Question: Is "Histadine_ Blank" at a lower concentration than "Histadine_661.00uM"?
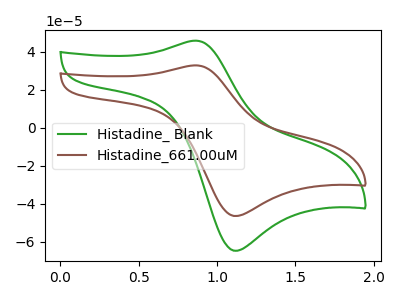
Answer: <think>The green curve "Histadine_ Blank" has an anodic peak at (0.85V, 45.95uA) and a cathodic peak at (1.15V, -64.60uA). The brown curve "Histadine_661.00uM" has an anodic peak at (0.85V, 32.95uA) and a cathodic peak at (1.15V, -46.30uA).
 All the peaks in "Histadine_661.00uM" have a peak in "Histadine_ Blank" at the same potential. Every peak in "Histadine_661.00uM" is lower than every peak in "Histadine_ Blank".</think>
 <answer>"Histadine_661.00uM" has less signal than "Histadine_ Blank" and so likely has a lower concentration.</answer>
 <eval>less_concentration</eval>